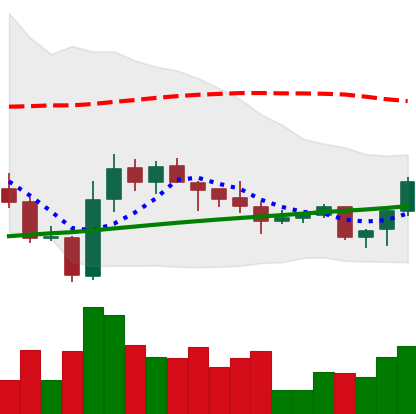
Ticker: LINK-USD
Chart end date: 2020-10-09
Forward return: 5.82%
Label: up_5_7